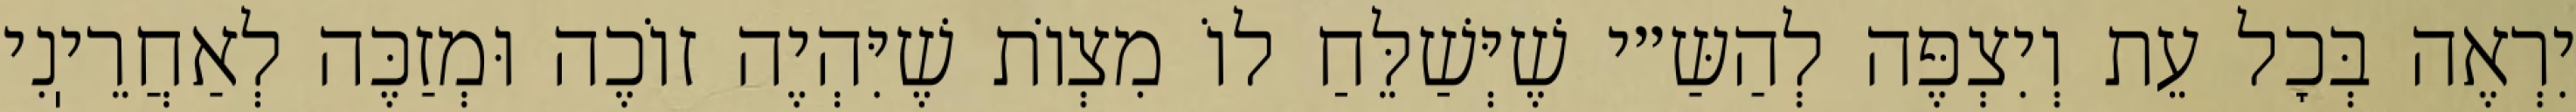
יִרְאֶה בְּכׇל עֵת וְיִצְפֶּה לְהַשַּ״י שֶׁיְּשַׁלֵּחַ לוֹ מִצְוֹת שֶׁיִּהְיֶה זוֹכֶה וּמְזַכֶּה לְאַחֲרֵיֽנִי